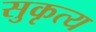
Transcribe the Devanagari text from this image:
सुकृत्य